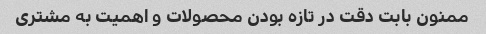
ممنون بابت دقت در تازه بودن محصولات و اهمیت به مشتری